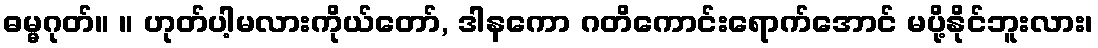
ဓမ္မဂုတ်။ ။ ဟုတ်ပါ့မလားကိုယ်တော်, ဒါနကော ဂတိကောင်းရောက်အောင် မပို့နိုင်ဘူးလား၊